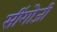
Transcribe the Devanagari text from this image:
सींगोजी